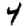
Digit: 4